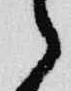
之